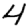
Digit: 4